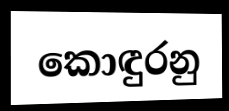
කොඳුරනු